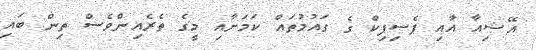
އޭޝިއާ އާއި ޕެސިފިކް ގެ ގައުމުތައް ކަމަށާއި މީގެ ތެރެއިންވެސް ތިން ބައި